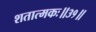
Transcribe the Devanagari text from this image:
शतात्मकः॥३१॥